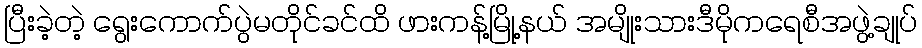
ပြီးခဲ့တဲ့ ရွေးကောက်ပွဲမတိုင်ခင်ထိ ဖားကန့်မြို့နယ် အမျိုးသားဒီမိုကရေစီအဖွဲ့ချုပ်